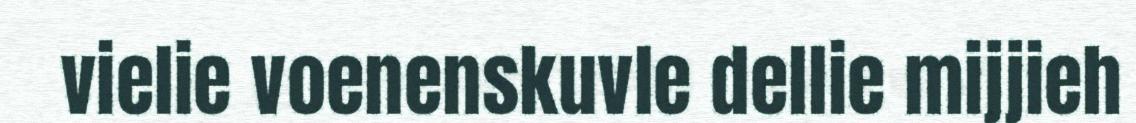
vielie voenenskuvle dellie mijjieh